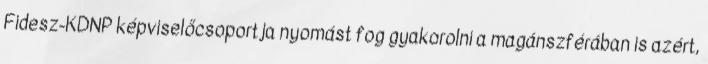
Fidesz-KDNP képviselőcsoportja nyomást fog gyakorolni a magánszférában is azért,